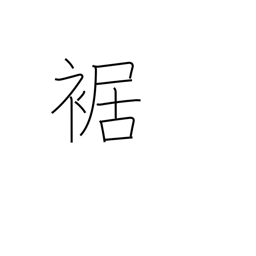
Meaning: cuff